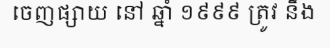
ចេញផ្សាយ នៅ ឆ្នាំ ១៩៩៩ ត្រូវ នឹង